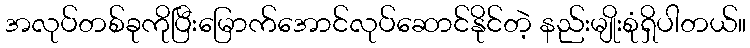
အလုပ်တစ်ခုကိုပြီးမြောက်အောင်လုပ်ဆောင်နိုင်တဲ့ နည်းမျိုးစုံရှိပါတယ်။